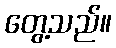
တွေ့သည်။